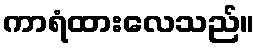
ကာရံထားလေသည်။